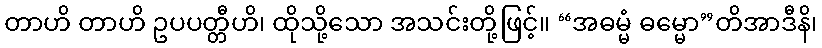
တာဟိ တာဟိ ဥပပတ္တီဟိ၊ ထိုသို့သော အသင်းတို့ဖြင့်။ “အဓမ္မံ ဓမ္မော”တိအာဒီနိ၊